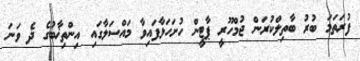
ފުރަތަމަ ބުރު ބާތިލްކުރަން ޖުމްހޫރީ ޕާޓީން ހުށަހަޅާފައިވާ މައްސަލާގައި އިންތިޚާބުގެ ދެ ވަނަ